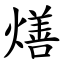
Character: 㷽